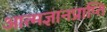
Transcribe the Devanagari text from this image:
आत्मज्ञानप्राप्ति